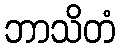
ဘာသိတံ